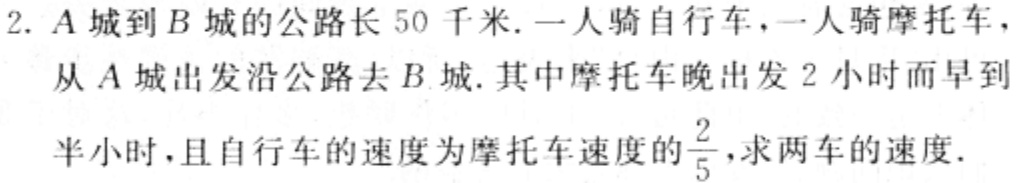
2. \(A\)城到\(B\)城的公路长\(50\)千米. 一人骑自行车，一人骑摩托车，从\(A\)城出发沿公路去\(B\)城. 其中摩托车晚出发\(2\)小时而早到半小时，且自行车的速度为摩托车速度的\(\frac{2}{5}\)，求两车的速度.